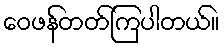
ဝေဖန်တတ်ကြပါတယ်။